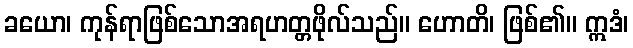
ခယော၊ ကုန်ရာဖြစ်သောအရဟတ္တဖိုလ်သည်။ ဟောတိ၊ ဖြစ်၏။ ဣဒံ၊